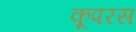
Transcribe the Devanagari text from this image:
कूपरस